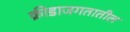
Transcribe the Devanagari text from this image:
क्रीडाजगतातील